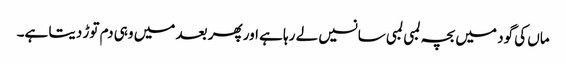
ماں کی گود میں بچہ لمبی لمبی سانسیں لے رہا ہے اور پھر بعد میں وہی دم توڑ دیتا ہے۔